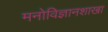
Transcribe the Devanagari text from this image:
मनोविज्ञानशाखा